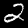
Digit: 2